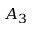
A _ { 3 }